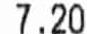
7.20